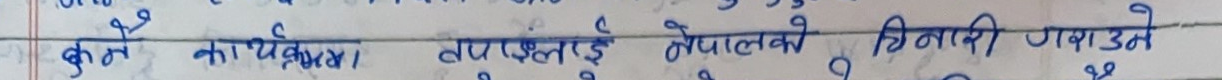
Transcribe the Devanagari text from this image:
कुनै कार्यक्रम तपाइँलाई नेपाली नारी गराउने